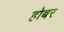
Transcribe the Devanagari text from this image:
होबर